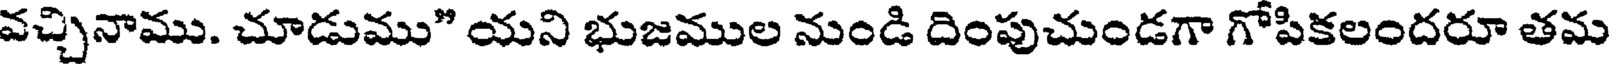
వచ్చినాము. చూడుము" యని భుజముల నుండి దింపుచుండగా గోపికలందరూ తమ